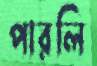
পারলি